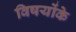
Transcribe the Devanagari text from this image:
विषयोंके